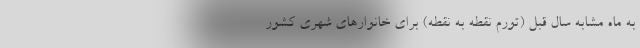
به ماه مشابه سال قبل (تورم نقطه به نقطه) برای خانوارهای شهری کشور